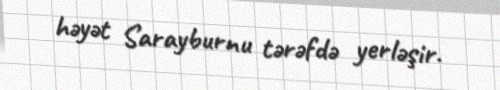
həyət Sarayburnu tərəfdə yerləşir.